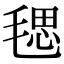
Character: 毸